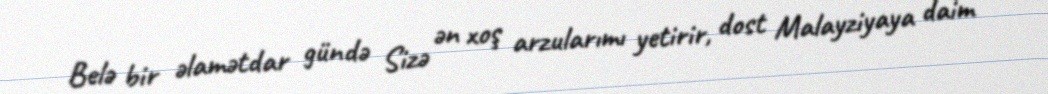
Belə bir əlamətdar gündə Sizə ən xoş arzularımı yetirir, dost Malayziyaya daim